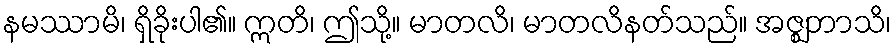
နမဿာမိ၊ ရှိခိုးပါ၏။ ဣတိ၊ ဤသို့။ မာတလိ၊ မာတလိနတ်သည်။ အဇ္ဈဘာသိ၊